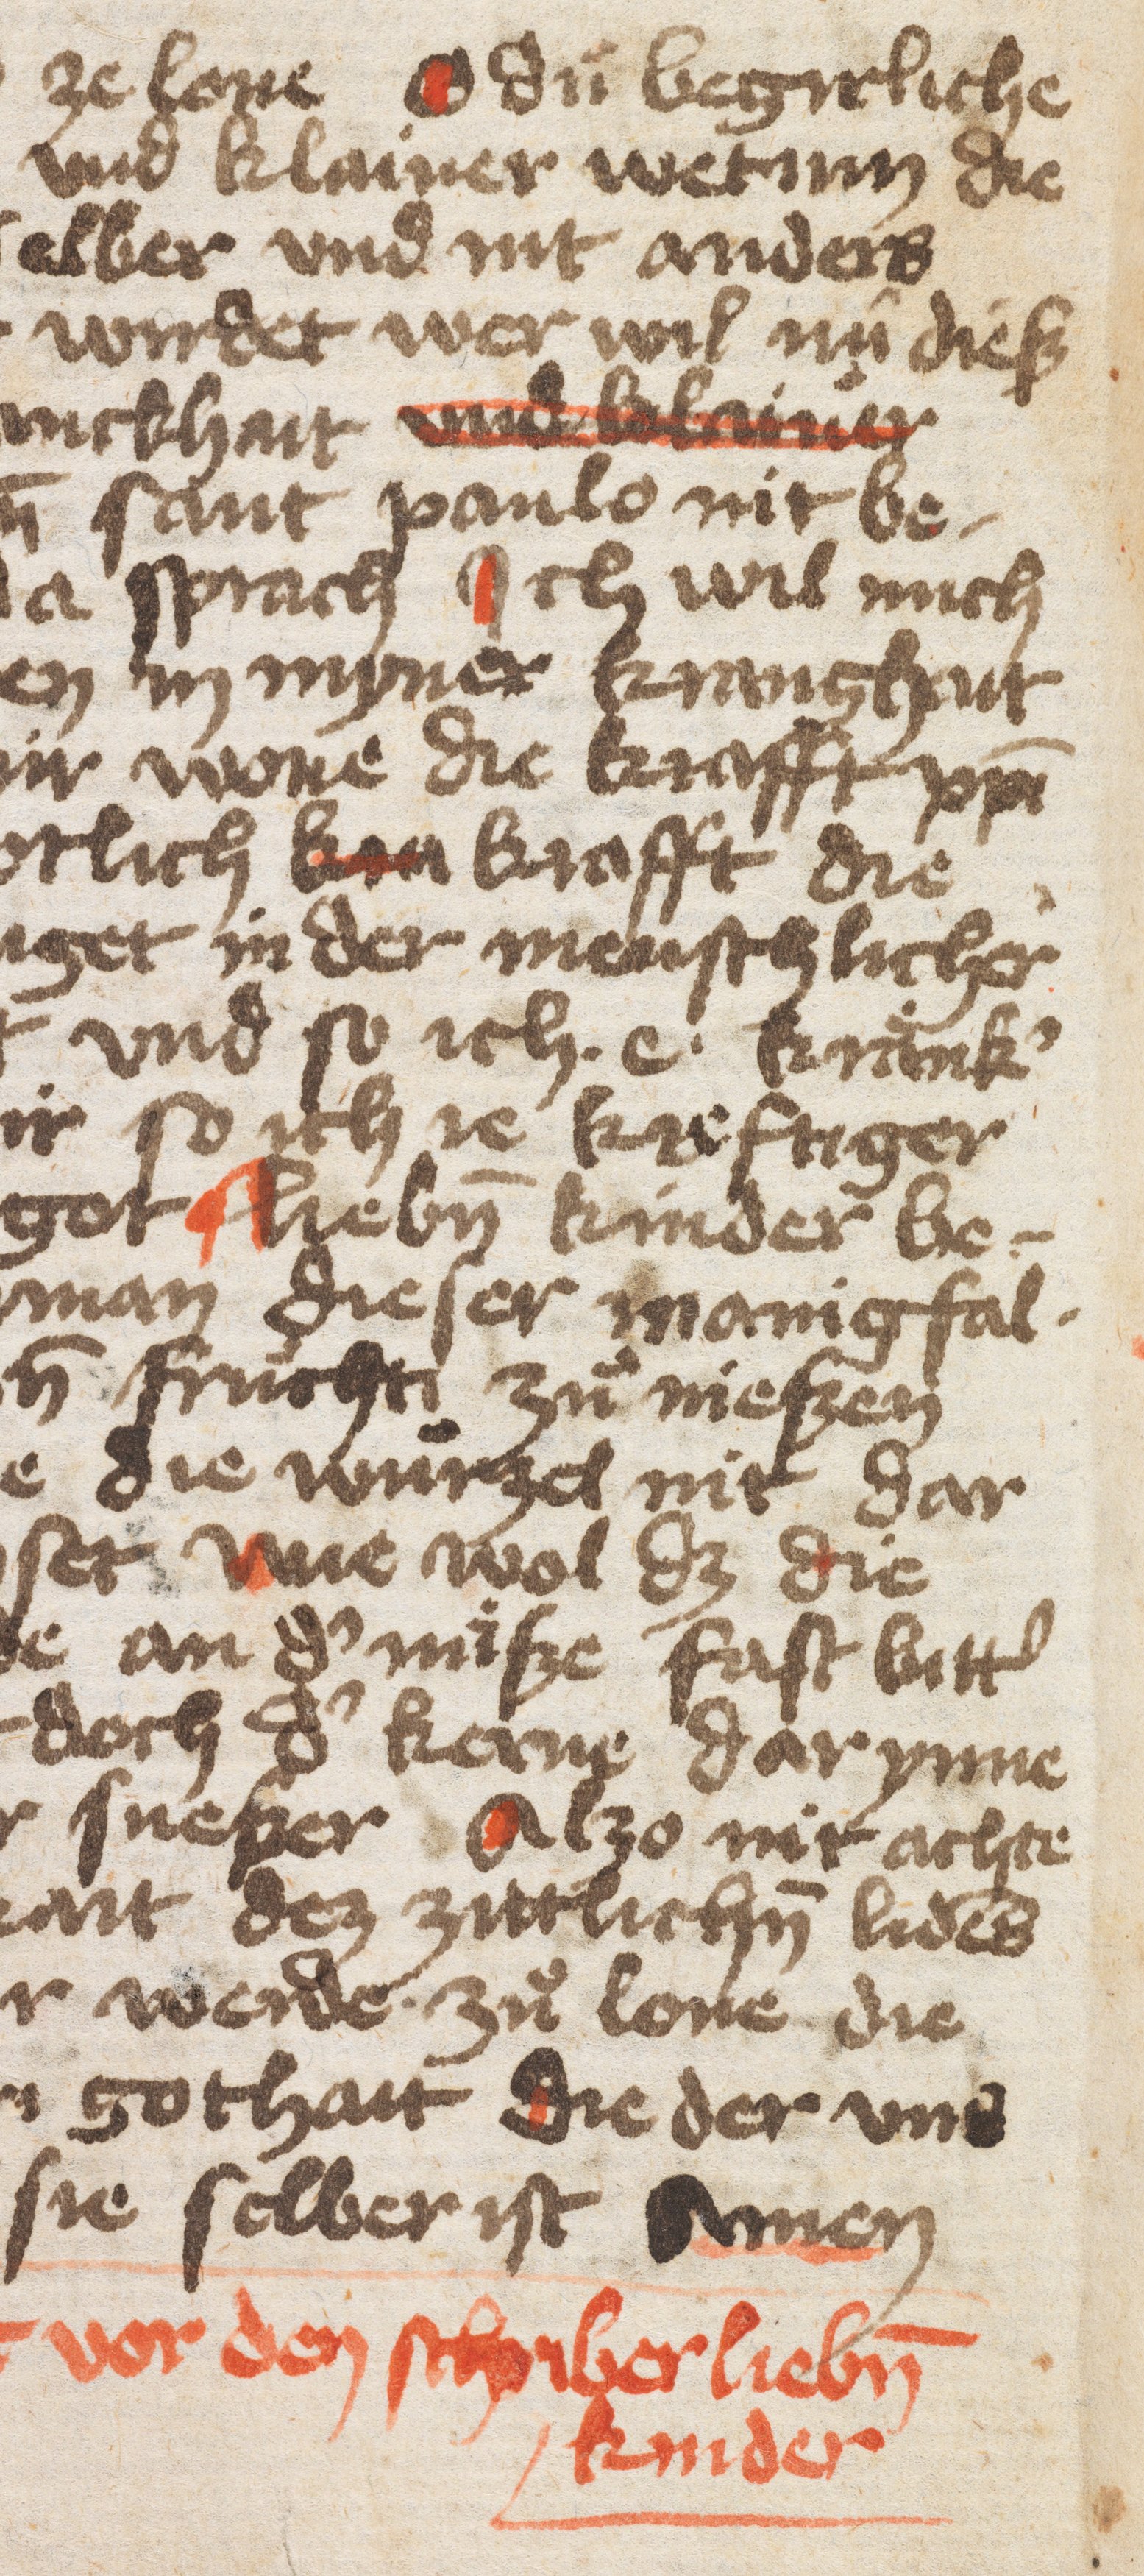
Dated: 1400–1499